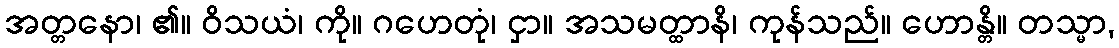
အတ္တနော၊ ၏။ ဝိသယံ၊ ကို။ ဂဟေတုံ၊ ငှာ။ အသမတ္ထာနိ၊ ကုန်သည်။ ဟောန္တိ။ တသ္မာ,